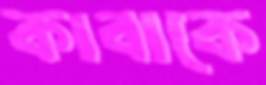
কাবাকে